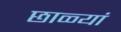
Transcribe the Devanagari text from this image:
छाळ्यां